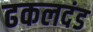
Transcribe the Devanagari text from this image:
ढकलदंड